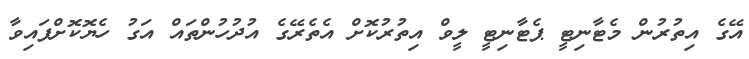
އޭގެ އިތުރުން މެޓާނިޓީ ޕެޓާނިޓީ ލީވް އިތުރުކޮށް އެތެރޭގެ އުދުހުންތައް އަގު ހެޔޮކޮށްފައިވާ